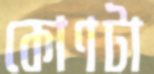
কোণটা